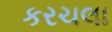
કરચલા